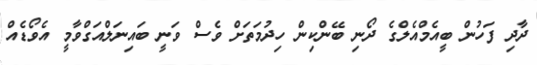
ދާދި ފަހުން ބީއެމްއެލްގެ ދޯނި ބޭންކިން ހިދުމަތަށް ވެސް ވަނީ ބައިނަލްއަގްވާމީ އެވޯޑެއް